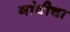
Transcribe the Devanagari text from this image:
गांवीचा